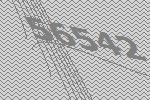
56542